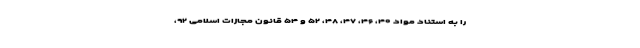
را به استناد مواد ۴۰، ۴۶، ۴۷، ۴۸، ۵۲ و ۵۴ قانون مجازات اسلامی ۹۲،